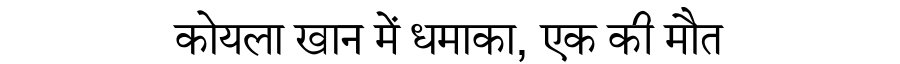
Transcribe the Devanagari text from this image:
कोयला खान में धमाका, एक की मौत